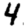
Digit: 4